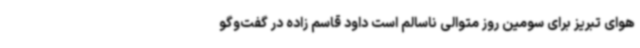
هوای تبریز برای سومین روز متوالی ناسالم است داود قاسم زاده در گفت‌وگو